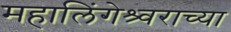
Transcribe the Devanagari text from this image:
महालिंगेश्र्वराच्या